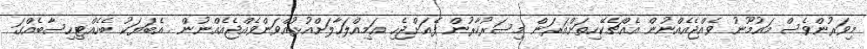
މިވަރުންވެސް މައުމޫނު ވެއްޖެއެއްނުން އެއްޗެކޭހިތަށްއަރަން މިސަރުކާރުން ފެއަށްޖެހި އަމިއްލަހާލަށްއުޅުއްވަންވެއްޖެއެއްނުން . އެބަޔަކު ބެހެއްޓިހިސާބެއްގަ